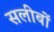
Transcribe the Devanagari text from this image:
सलीबों